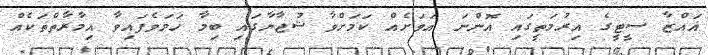
ޣައްޒާ ސީޓީގެ އިރުމަތީގައި އޮންނަ އަވަށެއް ކަމަށްވާ ޝުޖާޔާގައި ބިމާ ހަމަވެފައިވާ އިމާރާތްތަކެއް